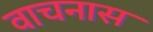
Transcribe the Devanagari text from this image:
वाचनास